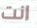
انت